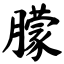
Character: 朦